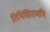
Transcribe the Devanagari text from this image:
तिथिचिंतामणि